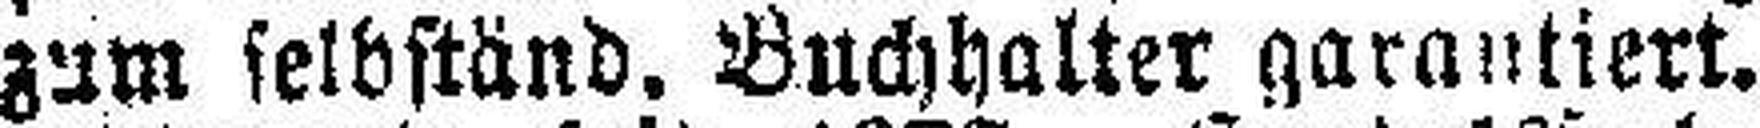
zum selbständ. Buchhalter garantiert.